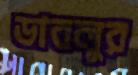
ডাবলুর